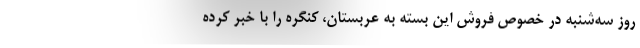
روز سه‌شنبه در خصوص فروش این بسته به عربستان، کنگره را با خبر کرده